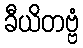
ခီယိတဗ္ဗံ